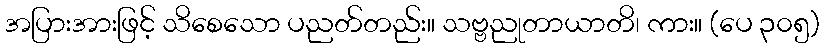
အပြားအားဖြင့် သိစေသော ပညတ်တည်း။ သဗ္ဗညုတာယာတိ၊ ကား။ (ပေ ၃၀၅)